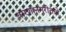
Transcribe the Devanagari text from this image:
वारणानगरीतले